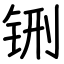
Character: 铏